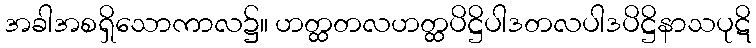
အခါအစရှိသောကာလ၌။ ဟတ္ထတလဟတ္ထပိဋ္ဌိပါဒတလပါဒပိဋ္ဌိနာသပုဋိ